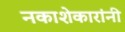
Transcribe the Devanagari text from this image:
नकाशेकारांनी